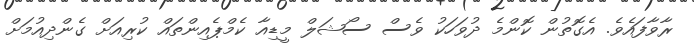
ރާވާފައެވެ. އެގޮތުން ކޮންމެ ދުވަހަކު ވެސް ސޯޝަލް މީޑިއާ ކެމްޕެއިންތައް ކުރިއަށް ގެންދިއުމަށް